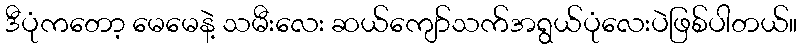
ဒီပုံကတော့ မေမေနဲ့ သမီးလေး ဆယ်ကျော်သက်အရွယ်ပုံလေးပဲဖြစ်ပါတယ်။